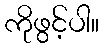
ကိုဖွင့်ပါ။